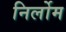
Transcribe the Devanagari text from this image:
निर्लोम